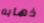
ذهابه